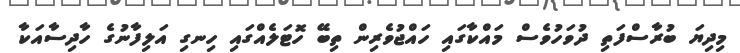
މިދިޔަ ބުރާސްފަތި ދުވަހުވެސް މައްކާގައި ހައްޖުވެރިން ތިބޭ ހޮޓަލެއްގައި ހިނގި އަލިފާނުގެ ހާދިސާއަކާ